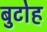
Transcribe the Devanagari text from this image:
बुटोह